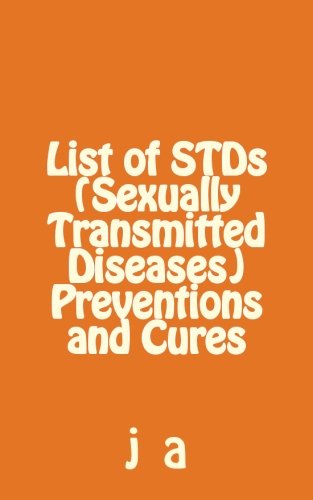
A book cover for List of STDs (Sexually Transmitted Diseases) Preventions and Cures; j a; Health, Fitness & Dieting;